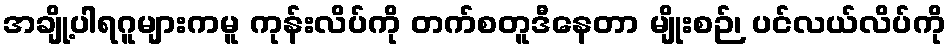
အချို့ပါရဂူများကမူ ကုန်းလိပ်ကို တက်စတူဒီနေတာ မျိုးစဉ်၊ ပင်လယ်လိပ်ကို